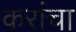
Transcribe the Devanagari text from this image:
करांचा